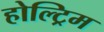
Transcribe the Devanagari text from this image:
होल्ट्रिम